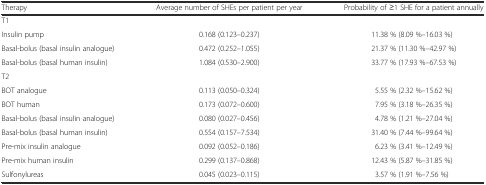
<table><thead><tr><td><b>Therapy</b></td><td><b>Average number of SHEs per patient per year</b></td><td><b>Probability of ≥1 SHE for a patient annually</b></td></tr></thead><tbody><tr><td colspan="3">T1</td></tr><tr><td>Insulin pump</td><td>0.168 (0.123–0.237)</td><td>11.38 % (8.09 %–16.03 %)</td></tr><tr><td>Basal-bolus (basal insulin analogue)</td><td>0.472 (0.252–1.055)</td><td>21.37 % (11.30 %–42.97 %)</td></tr><tr><td>Basal-bolus (basal human insulin)</td><td>1.084 (0.530–2.900)</td><td>33.77 % (17.93 %–67.53 %)</td></tr><tr><td colspan="3">T2</td></tr><tr><td>BOT analogue</td><td>0.113 (0.050–0.324)</td><td>5.55 % (2.32 %–15.62 %)</td></tr><tr><td>BOT human</td><td>0.173 (0.072–0.600)</td><td>7.95 % (3.18 %–26.35 %)</td></tr><tr><td>Basal-bolus (basal insulin analogue)</td><td>0.080 (0.027–0.456)</td><td>4.78 % (1.21 %–27.04 %)</td></tr><tr><td>Basal-bolus (basal human insulin)</td><td>0.554 (0.157–7.534)</td><td>31.40 % (7.44 %–99.64 %)</td></tr><tr><td>Pre-mix insulin analogue</td><td>0.092 (0.052–0.186)</td><td>6.23 % (3.41 %–12.49 %)</td></tr><tr><td>Pre-mix human insulin</td><td>0.299 (0.137–0.868)</td><td>12.43 % (5.87 %–31.85 %)</td></tr><tr><td>Sulfonylureas</td><td>0.045 (0.023–0.115)</td><td>3.57 % (1.91 %–7.56 %)</td></tr></tbody></table>